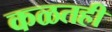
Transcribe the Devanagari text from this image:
कळतही